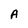
Character: A